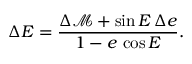
\Delta E = \frac { \Delta \mathcal { M } + \sin E \, \Delta e } { 1 - e \, \cos E } .